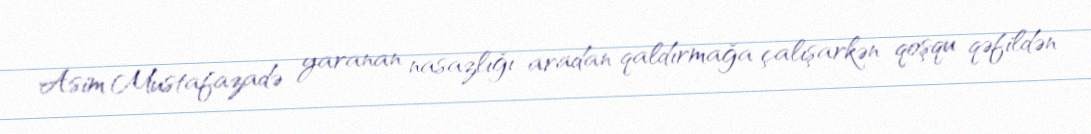
Asim Mustafazadə yaranan nasazlığı aradan qaldırmağa çalışarkən qoşqu qəfildən